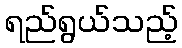
ရည်ရွယ်သည့်